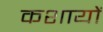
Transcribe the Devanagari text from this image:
कशायों